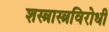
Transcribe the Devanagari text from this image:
शस्त्रास्त्रविरोधी